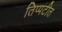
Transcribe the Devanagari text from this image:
तिप्पटीत